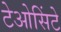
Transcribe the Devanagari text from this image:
टेओसिंटे